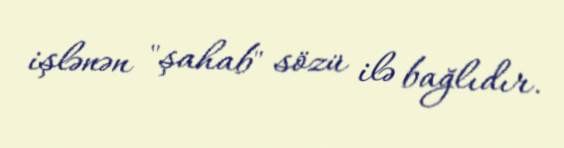
işlənən "şahab" sözü ilə bağlıdır.